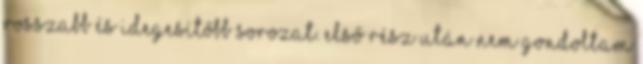
rosszabb és idegesítőbb sorozat. Első rész után nem gondoltam